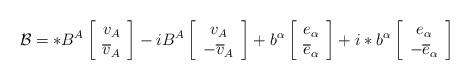
LaTeX: \begin{align*}\mathcal{B}=*B^A\left[\begin{array}{c} v_A \\\overline{v}_A\end{array} \right]-iB^A\left[\begin{array}{c} v_A \\-\overline{v}_A\end{array} \right]+b^{\alpha}\left[\begin{array}{c} e_{\alpha} \\\overline{e}_{\alpha} \end{array}\right]+i*b^{\alpha}\left[\begin{array}{c} e_{\alpha} \\-\overline{e}_{\alpha} \end{array}\right] \end{align*}